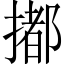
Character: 𢵋